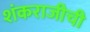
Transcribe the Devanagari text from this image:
शंकराजीची